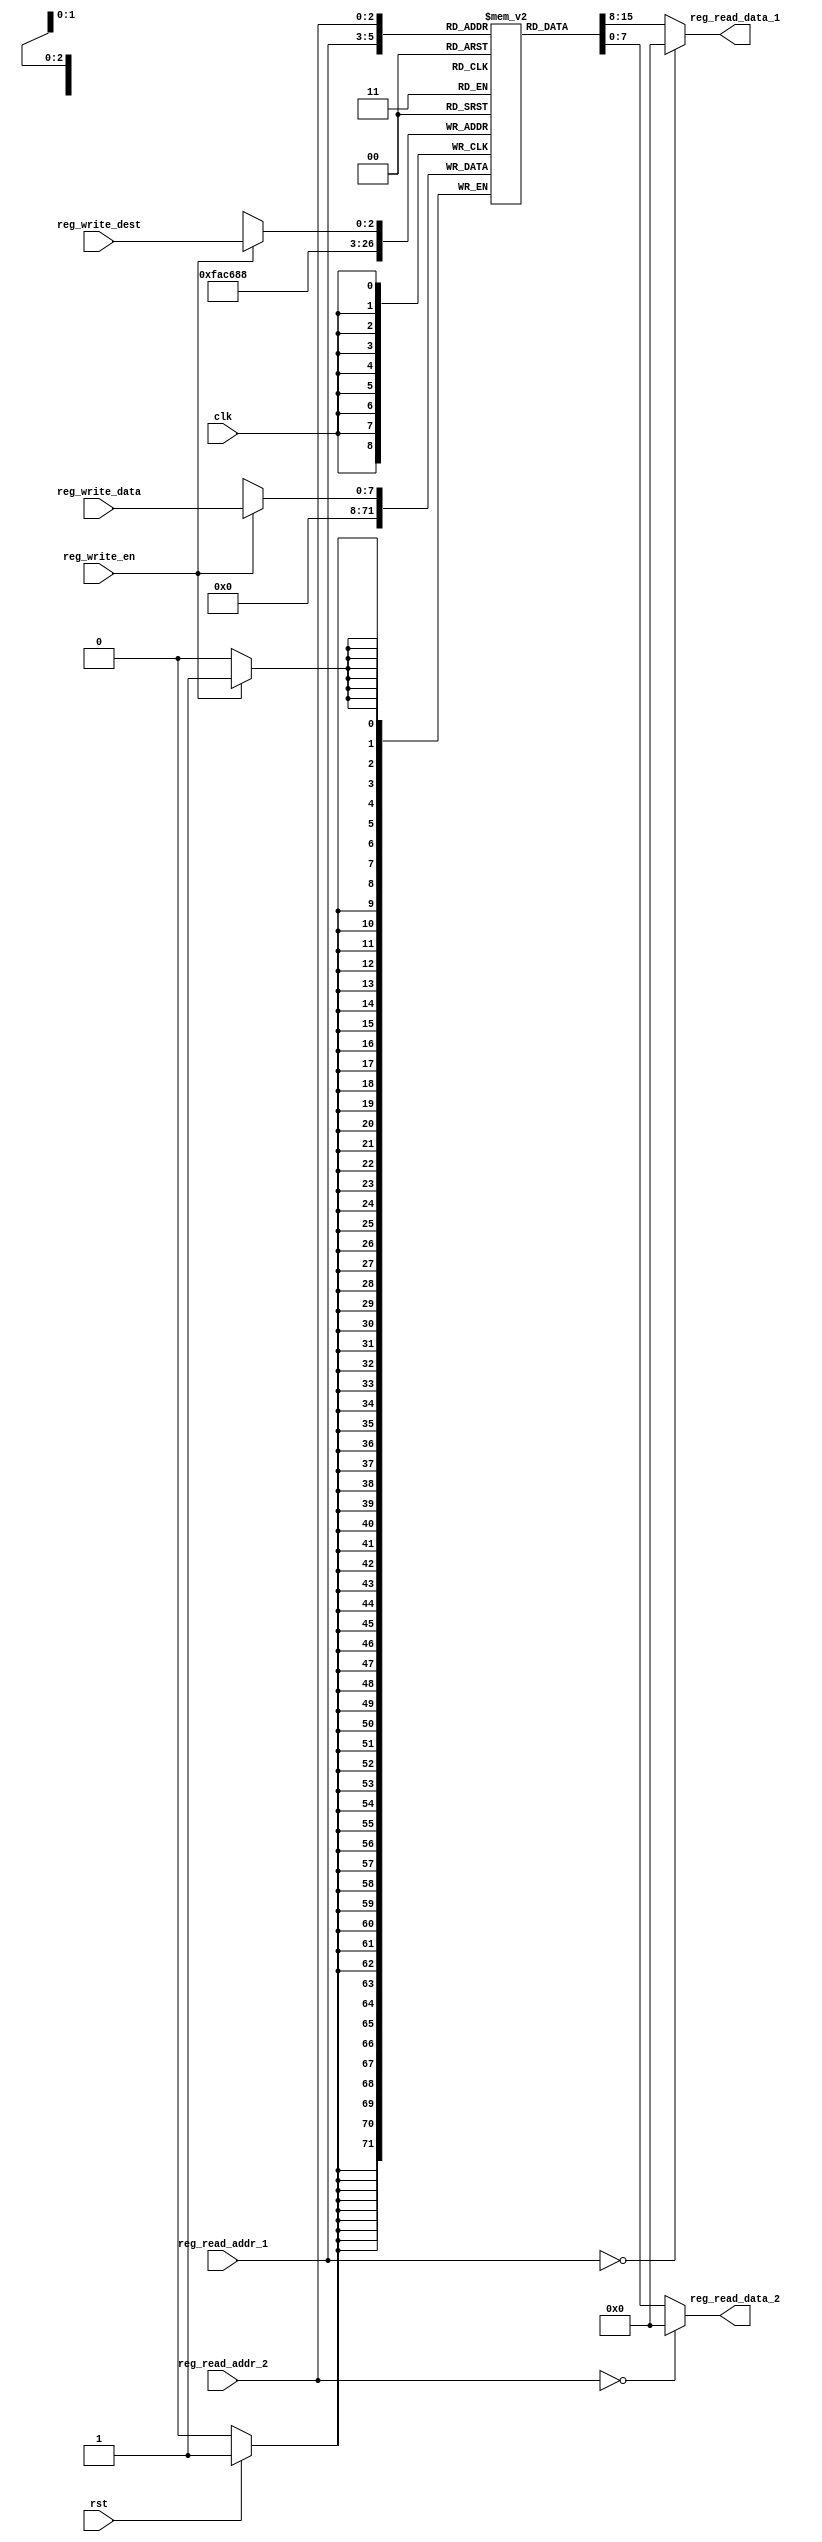

module reg_file  
(  
      input                    clk,  
      input                    rst,  
      // write port  
      input                    reg_write_en,
      input          [2:0]     reg_write_dest,  
      input          [7:0]     reg_write_data,  
      //read port 1  
      input          [2:0]     reg_read_addr_1,  
      output         [7:0]     reg_read_data_1,  
      //read port 2  
      input          [2:0]     reg_read_addr_2,  
      output         [7:0]     reg_read_data_2  
);  
     
      reg [7:0] reg_array [7:0];  
    
            
      always @ (posedge clk)   
           if(rst) begin  
                reg_array[0] <= 8'b00000000;  
                reg_array[1] <= 8'b00000000;  
                reg_array[2] <= 8'b00000000;  
                reg_array[3] <= 8'b00000000;  
                reg_array[4] <= 8'b00000000;  
                reg_array[5] <= 8'b00000000;  
                reg_array[6] <= 8'b00000000;  
                reg_array[7] <= 8'b00000000;       
           end  
 	        
        always @(negedge clk)
            begin  
                if(reg_write_en)
                begin
                     reg_array[reg_write_dest] <= reg_write_data;  
                     end
           end  
       
      assign reg_read_data_1 = ( reg_read_addr_1 == 0)? 8'b0 : reg_array[reg_read_addr_1];  
      assign reg_read_data_2 = ( reg_read_addr_2 == 0)? 8'b0 : reg_array[reg_read_addr_2];  
 endmodule